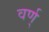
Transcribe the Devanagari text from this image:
वर्ण्